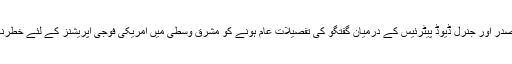
ہیو شیلٹن یمن کے صدر اور جنرل ڈیوڈ پیٹرئیس کے درمیان گفتگو کی تفصیلات عام ہونے کو مشرق وسطی میں امریکی فوجی اپریشنز کے لئے خطرناک قرار دیتے ہیں ۔